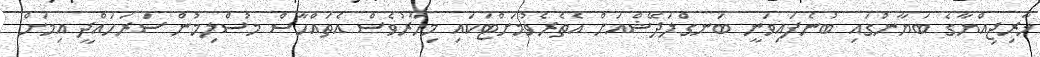
ޚާރިޖިއްޔާގެ ބަޔާނުގައި ބުނެފައިވަނީ ބަނގްލަދޭޝްއަށް އެތެރެވުމަށްޓަކައި މިހާރުވެސް އެތައްހާސް މުސްލިމުން ސަރަހައްދީ އިމަށް